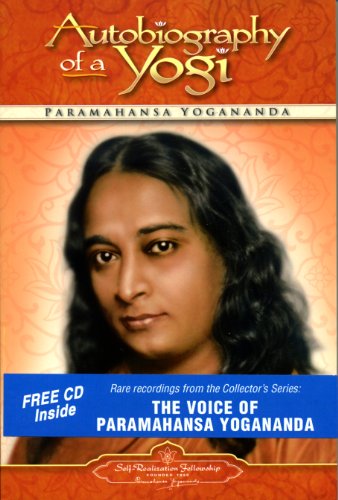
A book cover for Autobiography of a Yogi; Paramahansa Yogananda; Biographies & Memoirs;